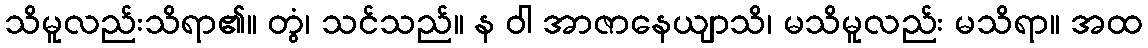
သိမူလည်းသိရာ၏။ တွံ၊ သင်သည်။ န ဝါ အာဇာနေယျာသိ၊ မသိမူလည်း မသိရာ။ အထ